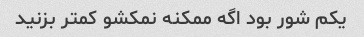
یکم شور بود اگه ممکنه نمکشو کمتر بزنید